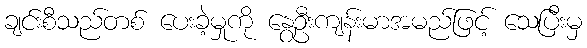
ချင်းစီသည်တစ် ပေးခဲ့မှုကို နွေဦးကျန်းမာအမည်ဖြင့် သေပြီးမှ